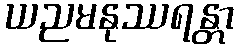
ယညမနုဿရန္တာ